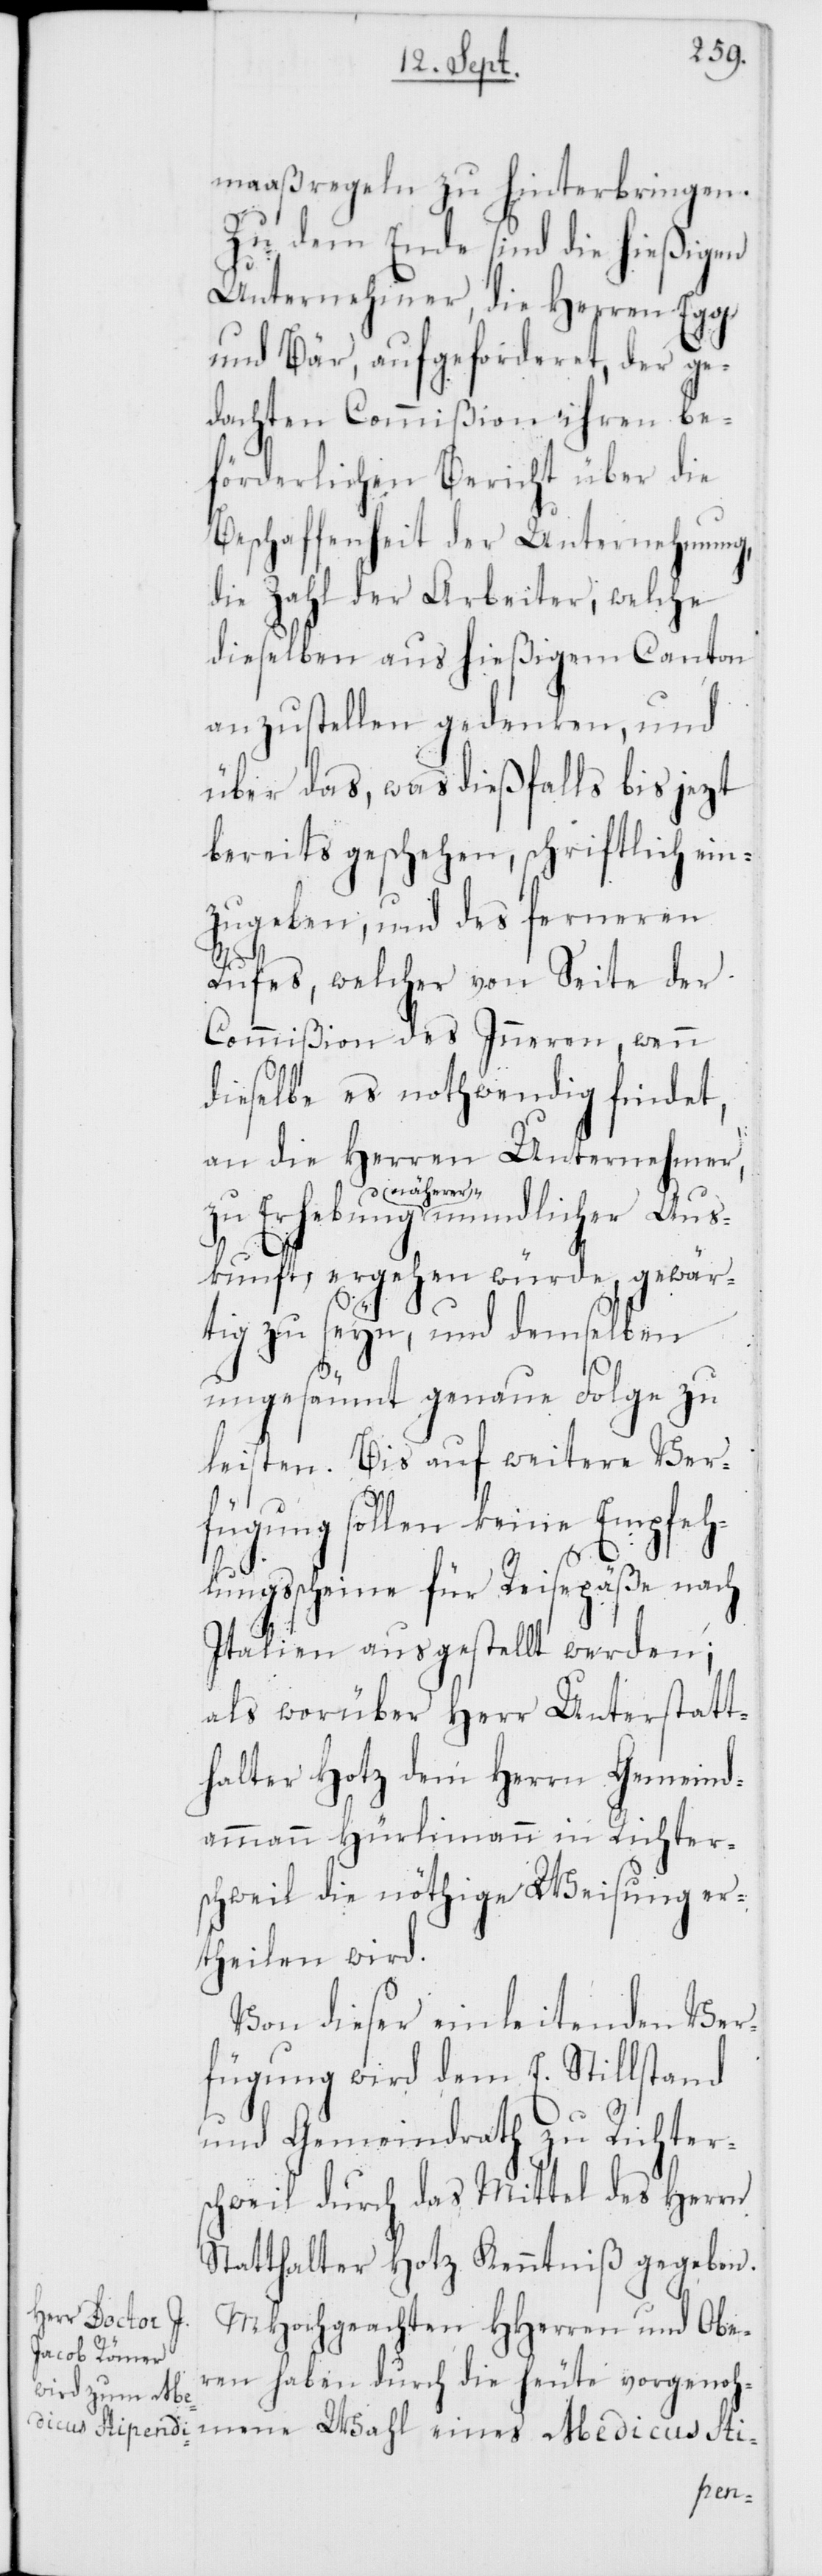
maaßregeln zu hinterbringen.
Zu dem Ende sind die hießigen
Unternehmer, die Herren Egg
und Bär, aufgeforderet, der ge¬
dachten Commißion ihren be¬
förderlichen Bericht über die
Beschaffenheit der Unternehmung,
die Zahl der Arbeiter, welche
dieselben aus hießigem Canton
anzustellen gedenken, und
über das, was dießfalls bis jezt
bereits geschehen, schriftlich ein¬
zugeben, und des ferneren
Rufes, welcher von Seite der
Commißion des Inneren, wenn
dieselbe es nothwendig findet,
an die Herren Unternehmer,
näherer
skunft ergehen würde, gewär¬
tig zu seyn, und demselben
ungesäumt genaue Folge zu
leisten. Bis auf weitere Ver¬
fügung sollen keine Empfeh¬
Au¬
lungsscheine für Reisepäße nach
Italien ausgestellt werden;
als worüber Herr Unterstatt¬
halter Hotz dem Herrn Gemeind¬
ammann Hürlimann in Richter¬
schweil die nöthige Weisung er¬
theilen wird.
Von dieser einleitenden Ver¬
fügung wird dem E. Stillstand
und Gemeindrath zu Richters¬
chweil durch das Mittel des Herrn
Statthalter Hotz Kenntniß gegeben.
MHochgeachten HHerren und Obe¬
ren haben durch die heute vorgenoh¬
mene